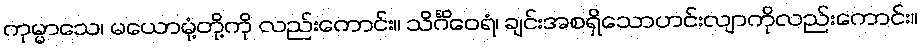
ကုမ္မာသေ၊ မယောမုံ့တို့ကို လည်းကောင်း။ သိင်္ဂိဝေရံ၊ ချင်းအစရှိသောဟင်းလျာကိုလည်းကောင်း။